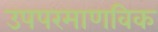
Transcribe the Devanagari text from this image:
उपपरमाणविक